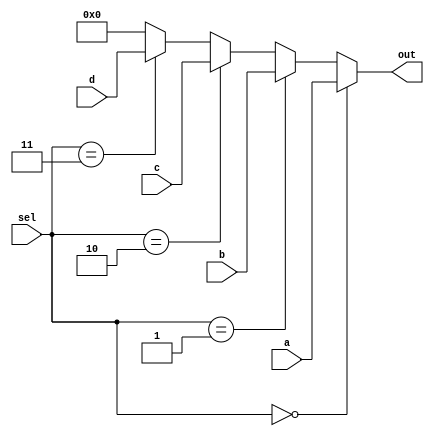
`timescale 1ns / 1ps
//////////////////////////////////////////////////////////////////////////////////
// Company: 
// Engineer: 
// 
// Design Name: 
// Module Name:    mux324 
// Project Name: 
// Target Devices: 
// Tool versions: 
// Description: 
//
// Dependencies: 
//
// Revision: 
// Revision 0.01 - File Created
// Additional Comments: 
//
//////////////////////////////////////////////////////////////////////////////////
module mux324(a,b,c,d,sel,out);
	input [31:0] a;
	input [31:0] b;
	input [31:0] c;
	input [31:0] d;
	input [1:0] sel;
	output [31:0] out;
	
	assign out=(sel==0?a:
					sel==1?b:
					sel==2?c:
					sel==3?d:
					32'b0);


endmodule